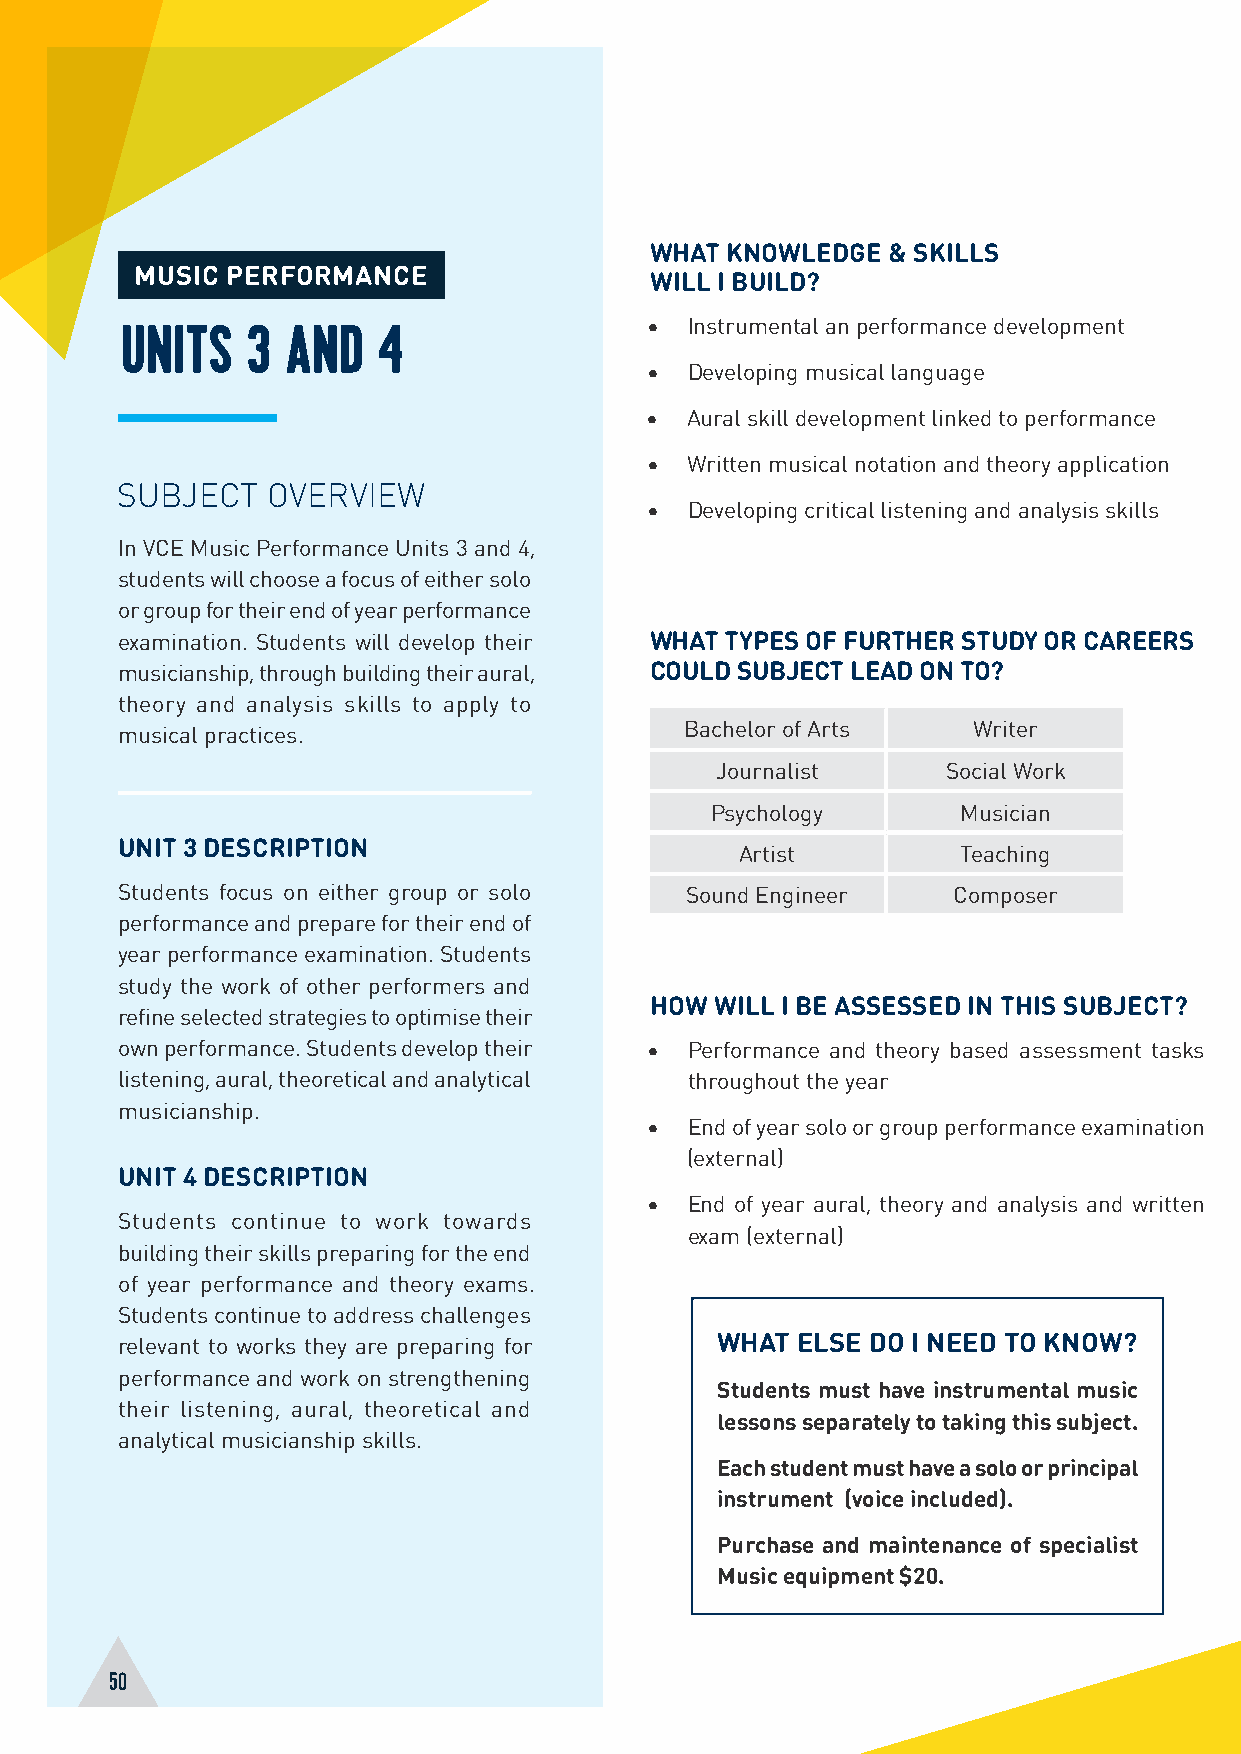
WHAT KNOWLEDGE  & SKILLS
 MUSIC PERFORMANCE
 WILL I BUILD?
 • Instrumental an performance development
 UNITS   3  AND   4
 • Developing musical language
 • Aural skill development linked to performance
 • Written musical notation and theory application
 SUBJECT   OVERVIEW
 • Developing critical listening and analysis skills
 In VCE Music Performance Units 3 and 4,
 students will choose a focus of either solo
 or group for their end of year performance
 examination. Students will develop their WHAT TYPES OF FURTHER STUDY OR CAREERS
 musicianship, through building their aural, COULD SUBJECT LEAD ON TO?
 theory and analysis skills to apply to
 Bachelor of Arts   Writer
 musical practices.
 Journalist      Social Work
 Psychology       Musician
 UNIT 3 DESCRIPTION
 Artist         Teaching
 Students focus on either group or solo Sound Engineer  Composer
 performance and prepare for their end of
 year performance examination. Students
 study the work of other performers and
 HOW WILL I BE ASSESSED IN THIS SUBJECT?
 refine selected strategies to optimise their
 own performance. Students develop their • Performance and theory based assessment tasks
 listening, aural, theoretical and analytical throughout the year
 musicianship.
 • End of year solo or group performance examination
 (external)
 UNIT 4 DESCRIPTION
 • End of year aural, theory and analysis and written
 Students continue to work towards
 exam (external)
 building their skills preparing for the end
 of year performance and theory exams.
 Students continue to address challenges
 relevant to works they are preparing for WHAT ELSE DO I NEED TO KNOW?
 performance and work on strengthening
 Students must have instrumental music
 their listening, aural, theoretical and
 lessons separately to taking this subject.
 analytical musicianship skills.
 Each student must have a solo or principal
 instrument (voice included).
 Purchase and maintenance of specialist
 Music equipment $20.
 50